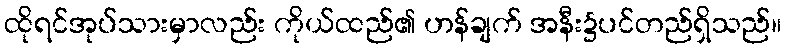
ထိုရင်အုပ်သားမှာလည်း ကိုယ်ထည်၏ ဟန်ချက် အနီး၌ပင်တည်ရှိသည်။